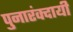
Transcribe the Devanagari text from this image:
पुनारंक्दायी